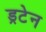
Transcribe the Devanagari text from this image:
ड्रटेन